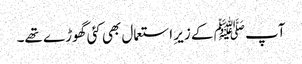
آپ ﷺ کے زیرِ استعمال بھی کئی گھوڑے تھے۔